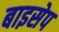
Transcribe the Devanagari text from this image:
बाइसेप